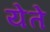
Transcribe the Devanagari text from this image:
येेते